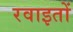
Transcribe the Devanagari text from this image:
रवाइतों